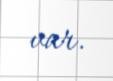
var.